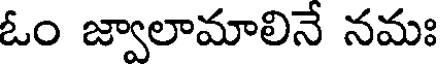
ఓం జ్వాలామాలినే నమః